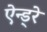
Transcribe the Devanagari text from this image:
ऐन्ड्रे